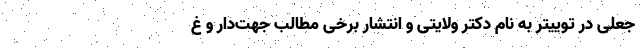
جعلی در توییتر به نام دکتر ولایتی و انتشار برخی مطالب جهت‌دار و غ